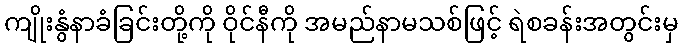
ကျိုးနွံနာခံခြင်းတို့ကို ဝိုင်နီကို အမည်နာမသစ်ဖြင့် ရဲစခန်းအတွင်းမှ